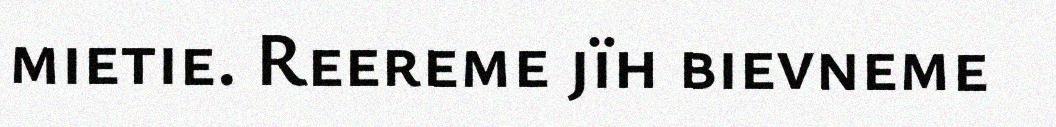
mietie. Reereme jïh bievneme